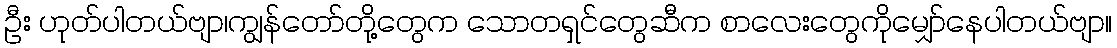
ဦး ဟုတ်ပါတယ်ဗျာ၊ကျွန်တော်တို့တွေက သောတရှင်တွေဆီက စာလေးတွေကိုမျှော်နေပါတယ်ဗျာ။